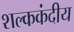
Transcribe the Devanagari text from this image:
शल्ककंदीय